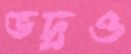
ভদ্রও